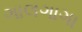
ગાલગાગા